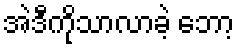
အဲဒီကိုသာလာခဲ့ ဘော့